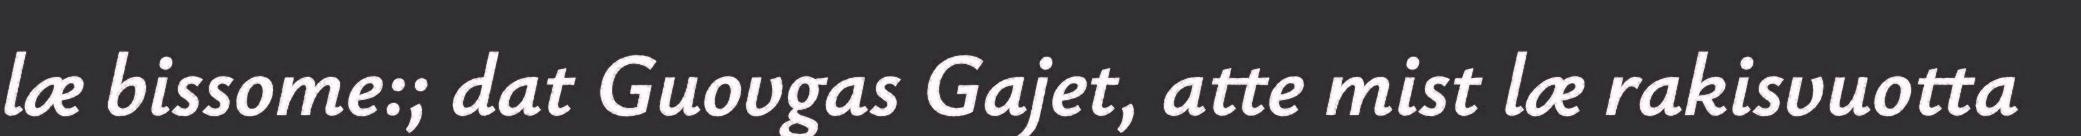
læ bissome:; dat Guovgas Gajet, atte mist læ rakisvuotta